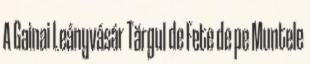
A Gainai Leányvásár Tărgul de Fete de pe Muntele